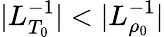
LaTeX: |L_{T_{0}}^{-1}|<|L_{\rho_{0}}^{-1}|